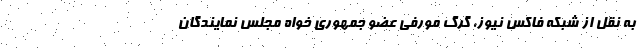
به نقل از شبکه فاکس نیوز، گرگ مورفی عضو جمهوری خواه مجلس نمایندگان